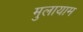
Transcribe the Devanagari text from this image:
मुलायाम